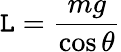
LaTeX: \mathtt{L}={\frac{{mg}}{{\cos\theta}}}